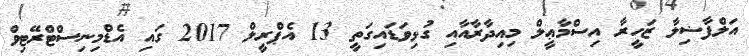
އަލްފާޟިލާ ޒަހީރާ އިސްމާޢީލް މިއިދާރާއާއި ގުޅިވަޑައިގަތީ 13 އެޕްރީލް 2017 ގައި އެޑްމިނިސްޓްރޭޓިވް